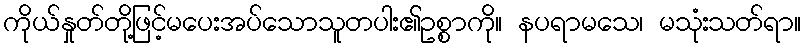
ကိုယ်နှုတ်တို့ဖြင့်မပေးအပ်သောသူတပါး၏ဥစ္စာကို။ နပရာမသေ၊ မသုံးသတ်ရာ။